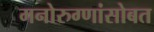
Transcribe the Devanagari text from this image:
मनोरुग्णांसोबत